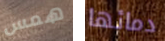
همس دمائها